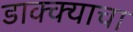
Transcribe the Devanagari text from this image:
डाक्क्याचा